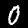
Label: 0